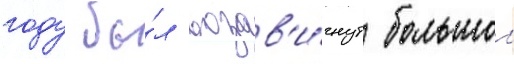
году бы́л воздв'и́гнут большои